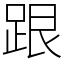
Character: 跟